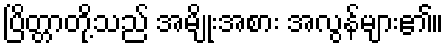
ပြိတ္တာတို့သည် အမျိုးအစား အလွန်များ၏။